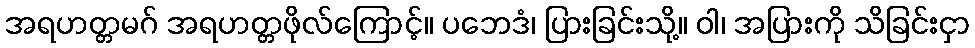
အရဟတ္တမဂ် အရဟတ္တဖိုလ်ကြောင့်။ ပဘေဒံ၊ ပြားခြင်းသို့။ ဝါ၊ အပြားကို သိခြင်းငှာ